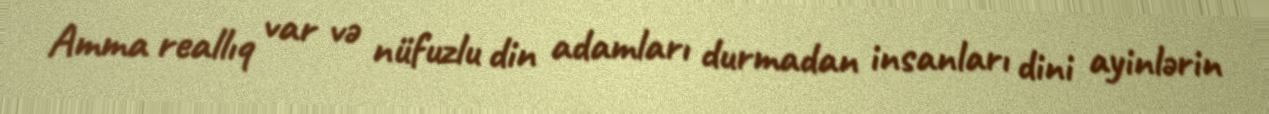
Amma reallıq var və nüfuzlu din adamları durmadan insanları dini ayinlərin